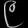
Digit: ၉